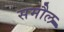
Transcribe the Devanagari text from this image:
समौल